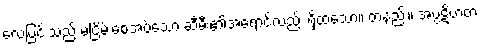
လေပြင်းသည် မငြိမ်းစေအပ်သော ဆီမီး၏အရောင်လည်း ရှိထသော။ တနည်း။ အပ္ပဋိဟတ